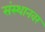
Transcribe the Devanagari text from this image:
संस्थानवर